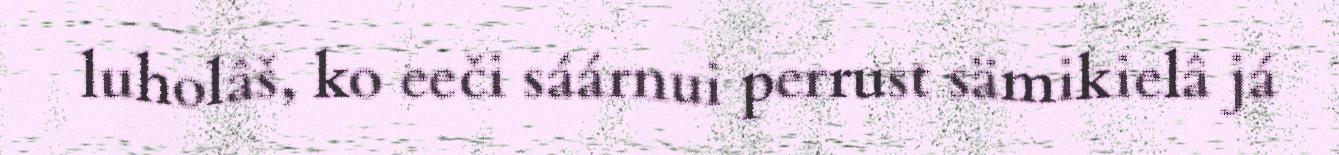
luholâš, ko eeči sáárnui perrust sämikielâ já